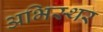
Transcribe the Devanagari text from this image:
अभिस्थर